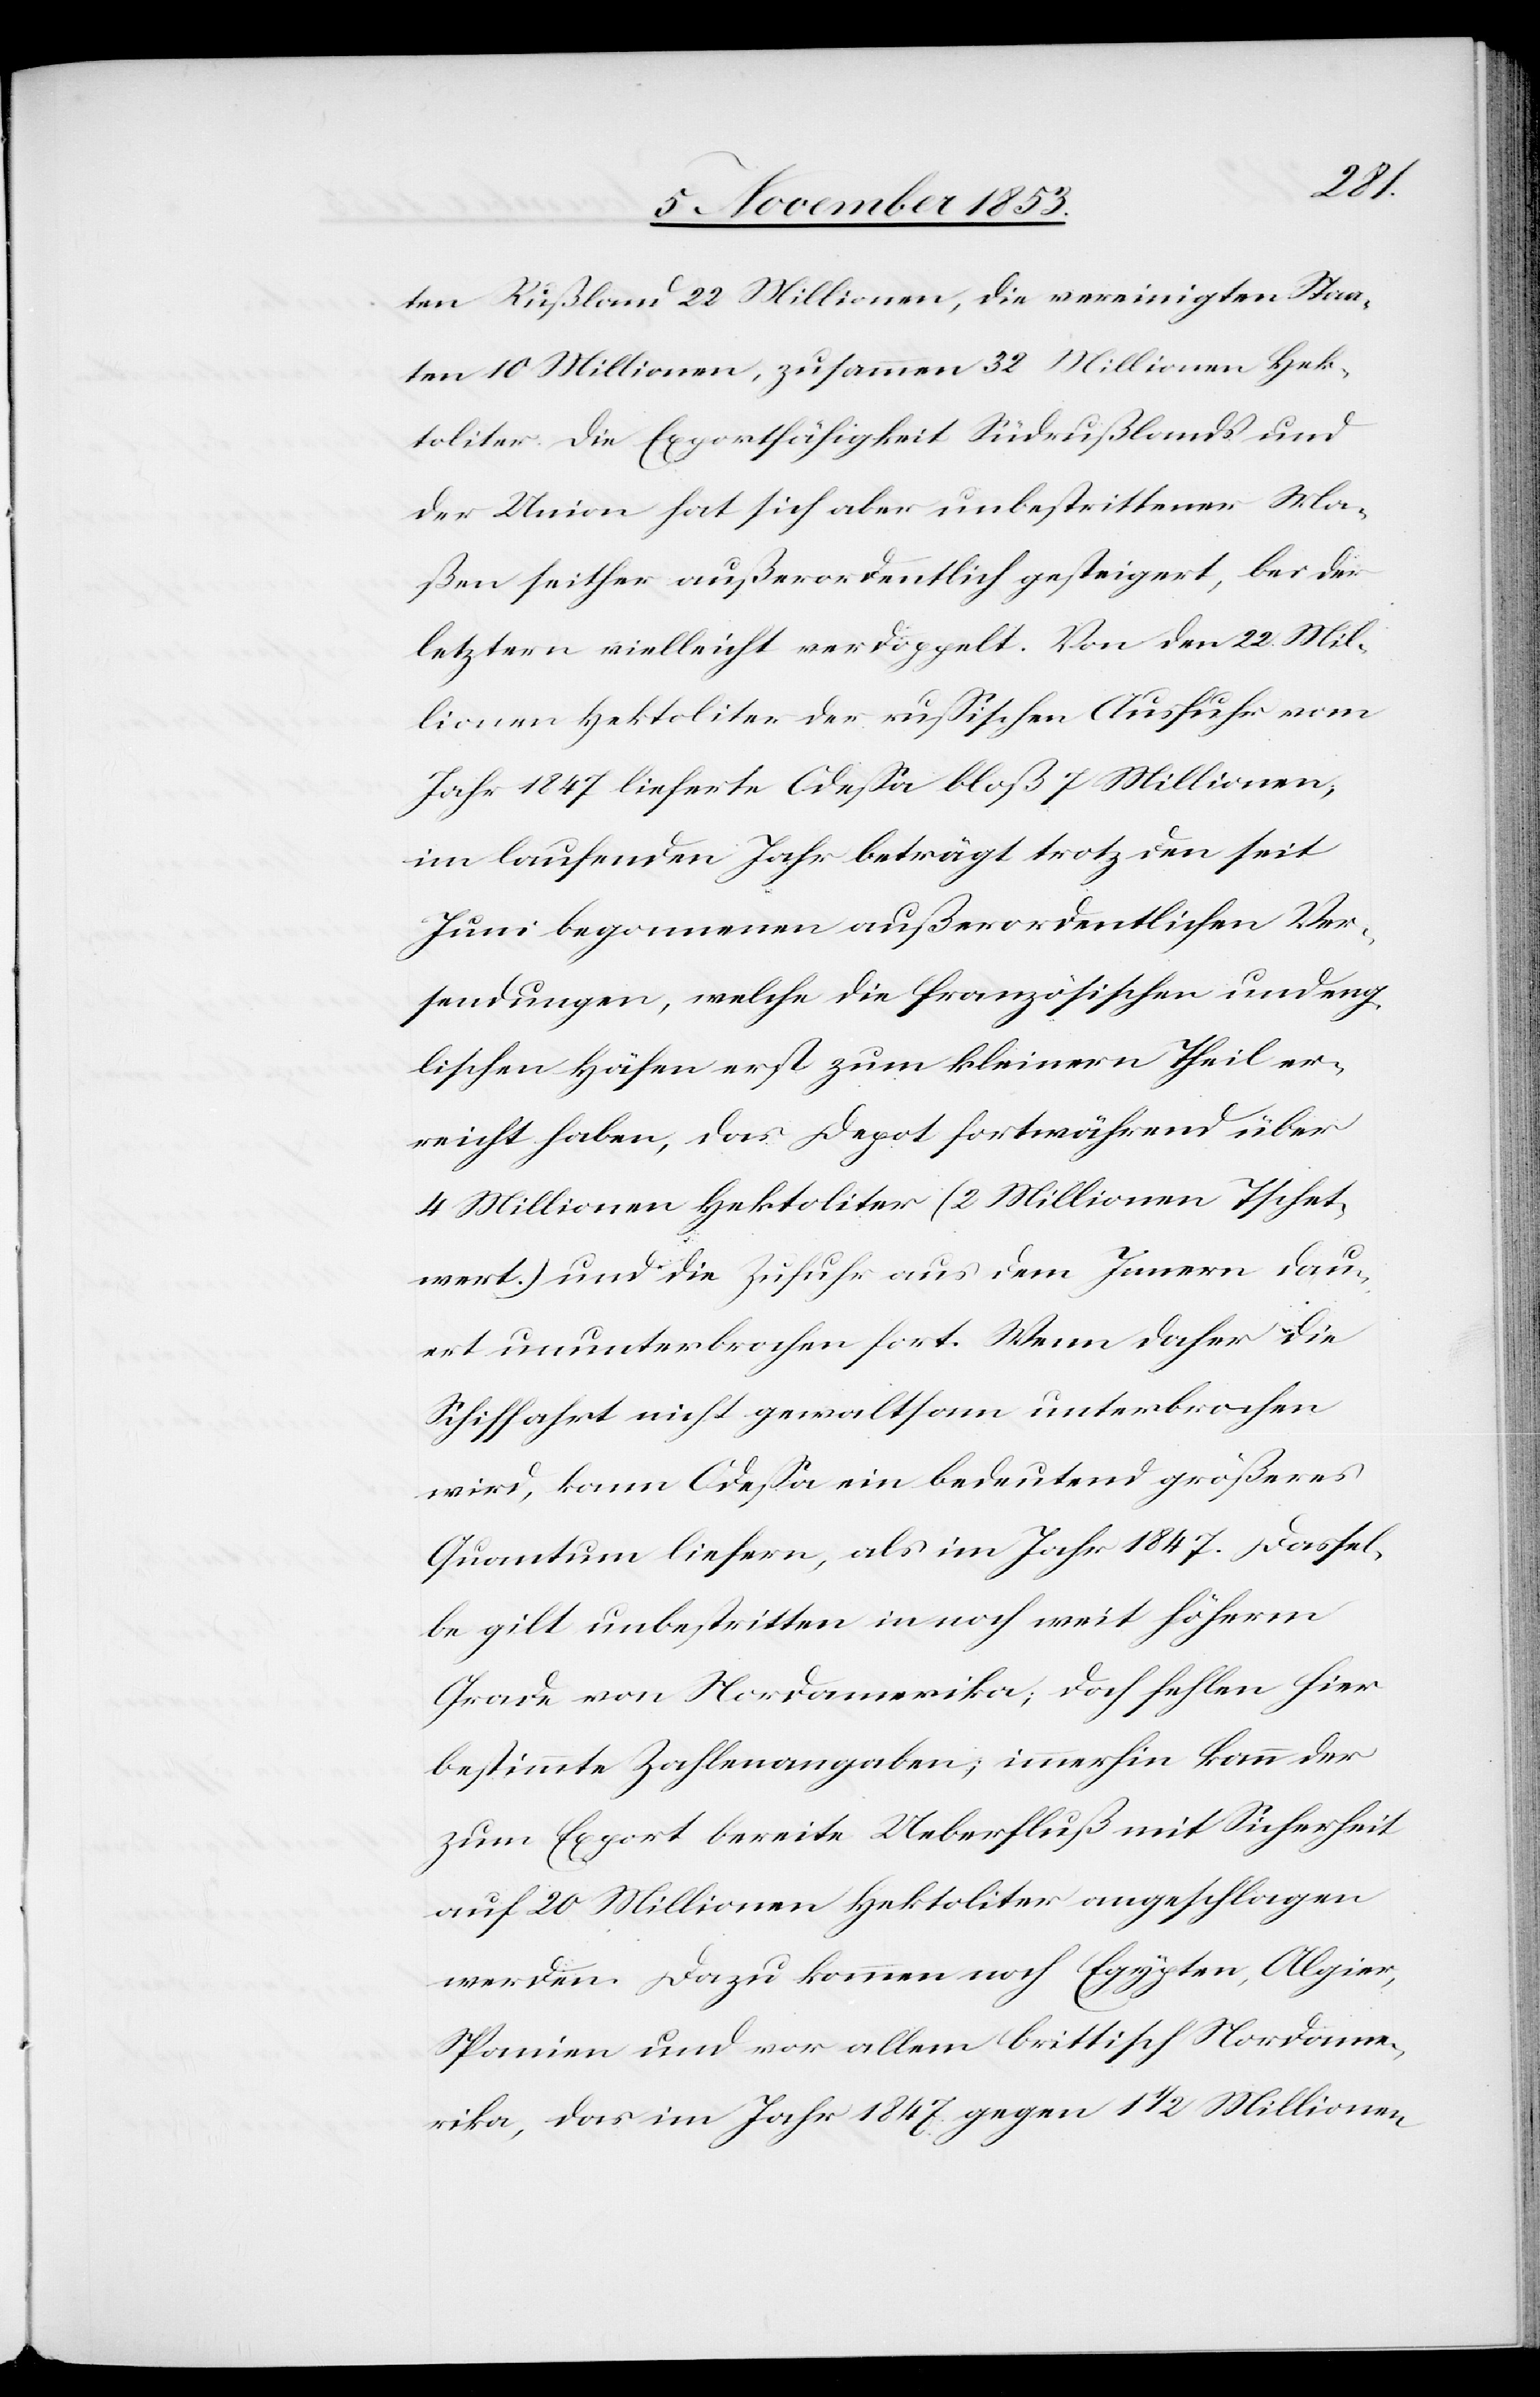
ten Rußland 22 Millionen, die vereinigten Staa¬
ten 10 Millionen, zusammen 32 Millionen Hek¬
toliter. Die Exportfähigkeit Südrußlands und
der Union hat sich aber unbestrittener Ma¬
ßen seither außerordentlich gesteigert, bei der
letztern vielleicht verdoppelt. Von den 22 Mil¬
lionen Hektoliter der rußischen Ausfuhr vom
Jahr 1847 lieferte Odeßa bloß 7 Millionen,
im laufenden Jahr beträgt trotz den seit
Juni begonnenen außerordentlichen Ver¬
sendungen, welche die französischen und eng¬
lischen Häfen erst zum kleinern Theil er¬
reicht haben, das Depot fortwährend über
4 Millionen Hektoliter (2 Millionen Tschet
wert.) und die Zufuhr aus dem Innern dau¬
ert ununterbrochen fort. Wenn daher die
Schifffahrt nicht gewaltsam unterbrochen
wird, kann Odeßa ein bedeutend größeres
Quantum liefern, als im Jahr 1847. Dassel¬
be gilt unbestritten in noch weit höherm
Grade von Nordamerika, doch fehlen hier
bestimmte Zahlenangaben; immerhin kann der
zum Export bereite Ueberfluß mit Sicherheit
auf 20 Millionen Hektoliter angeschlagen
werden. Dazu kommen noch Egypten, Algier,
Spanien und vor allem britisch Nordame¬
rika, das im Jahr 1847 gegen 1 1/2 Millionen